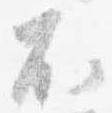
不